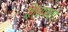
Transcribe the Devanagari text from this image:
शिवणवर्ग